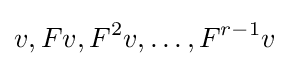
v,Fv,F^{2}v,\dots ,F^{r-1}v